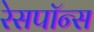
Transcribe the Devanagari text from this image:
रेसपॉन्स